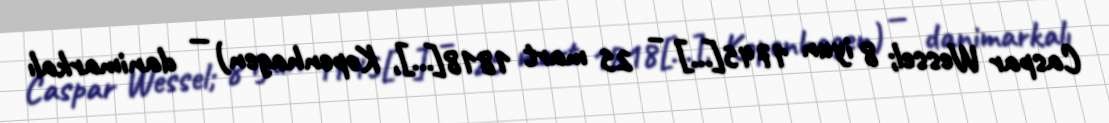
Caspar Wessel; 8 iyun 1745[…] – 25 mart 1818[…], Kopenhagen) — danimarkalı